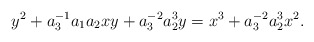
\begin{align*}y^2 + a_3^{-1} a_1 a_2 xy + a_3^{-2}a_2^3 y =x^3 + a_3^{-2}a_2^3 x^2 .\end{align*}